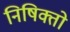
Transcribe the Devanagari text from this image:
निषिक्तो